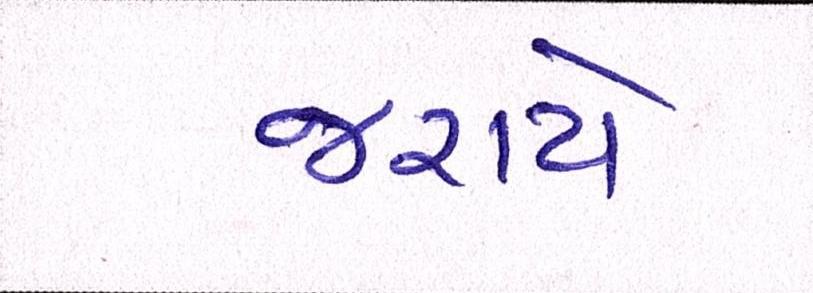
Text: જરાયે